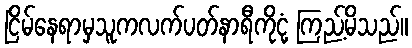
ငြိမ်နေရာမှသူကလက်ပတ်နာရီကိုငုံ့ ကြည့်မိသည်။